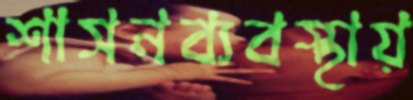
শাসনব্যবস্থায়